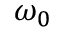
\omega _ { 0 }